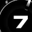
Digit: 7